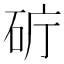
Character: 𥑈